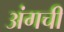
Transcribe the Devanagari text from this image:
अंगची